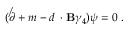
( \not \partial + m - d { \bf \gamma } \cdot { \bf B } \gamma _ { 4 } ) \psi = 0 \; .